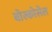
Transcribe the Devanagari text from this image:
बोस्कोसेल